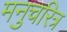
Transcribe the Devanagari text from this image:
मनुचरित्र